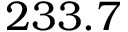
2 3 3 . 7